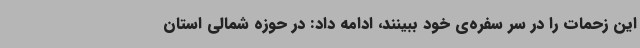
این زحمات را در سر سفره‌ی خود ببینند، ادامه داد: در حوزه شمالی استان